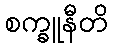
စက္ခူနီတိ